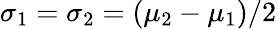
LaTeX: \sigma_{1}=\sigma_{2}=(\mu_{2}-\mu_{1})/2